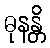
ဓုနန္တိ